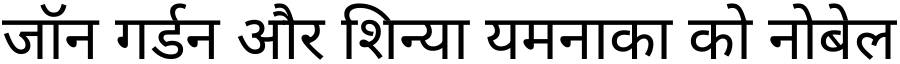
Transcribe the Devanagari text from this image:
जॉन गर्डन और शिन्या यमनाका को नोबेल